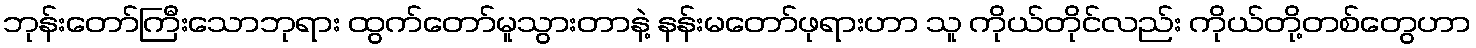
ဘုန်းတော်ကြီးသောဘုရား ထွက်တော်မူသွားတာနဲ့ နန်းမတော်ဖုရားဟာ သူ ကိုယ်တိုင်လည်း ကိုယ်တို့တစ်တွေဟာ